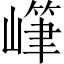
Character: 𱜏